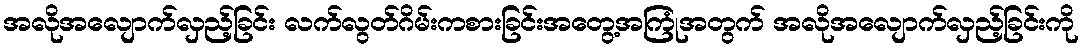
အလိုအလျောက်လှည့်ခြင်း လက်လွတ်ဂိမ်းကစားခြင်းအတွေ့အကြုံအတွက် အလိုအလျောက်လှည့်ခြင်းကို